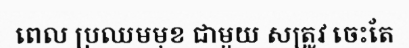
ពេល ប្រឈមមុខ ជាមួយ សត្រូវ ចេះតែ